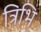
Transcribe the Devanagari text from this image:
त्रिभि